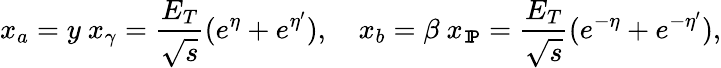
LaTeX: x_{a}=y\ x_{\gamma}=\frac{E_{T}}{\sqrt{s}}(e^{\eta}+e^{\eta^{\prime}}),\ \ \ \ x_{b}=\beta\ x_{\tt I\! P}=\frac{E_{T}}{\sqrt{s}}(e^{-\eta}+e^{-\eta^{\prime}}),